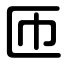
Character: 匝